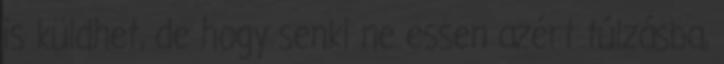
is küldhet, de hogy senki ne essen azért túlzásba,